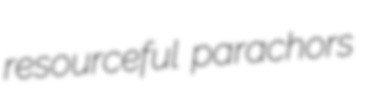
resourceful parachors